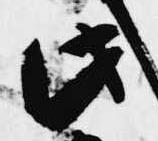
此